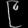
Digit: ၉